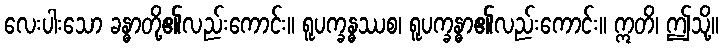
လေးပါးသော ခန္ဓာတို့၏လည်းကောင်း။ ရူပက္ခန္ဓဿစ၊ ရူပက္ခန္ဓာ၏လည်းကောင်း။ ဣတိ၊ ဤသို့။